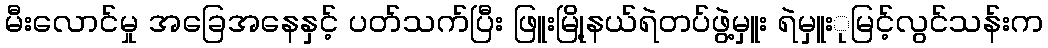
မီးလောင်မှု အခြေအနေနှင့် ပတ်သက်ပြီး ဖြူးမြို့နယ်ရဲတပ်ဖွဲ့မှူး ရဲမှူးုမြင့်လွင်သန်းက